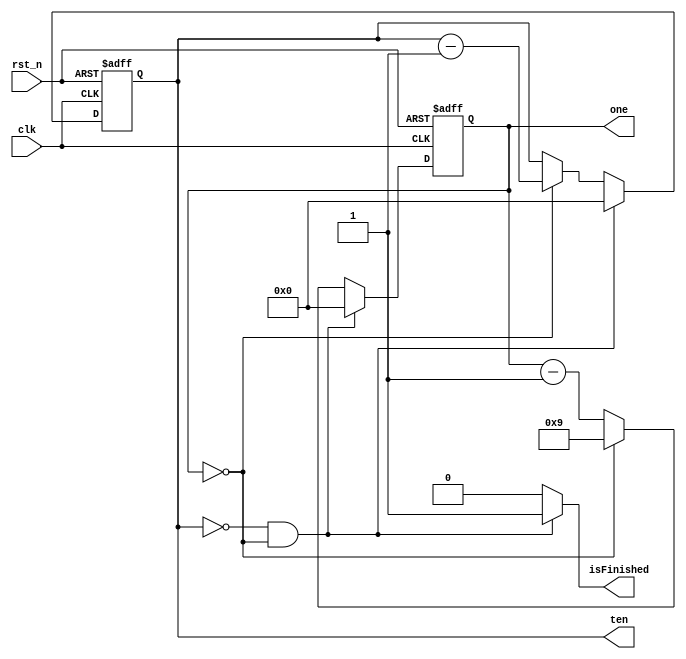
module Timer(
		output reg [3:0]ten,
		output reg [3:0]one,
		output isFinished,
		input clk,
		input rst_n
    );

	reg [3:0] next_ten, next_one;
	always @(posedge clk or negedge rst_n) begin
		if (!rst_n) begin
			ten <= 4'd3;
			one <= 4'd0;
		end else begin
			ten <= next_ten;
			one <= next_one;
		end
	end

	always @(*) begin
		if (ten == 4'd0 && one == 4'd0) begin
			next_ten = 4'd0;
			next_one = 4'd0;
		end else begin
			if (one == 4'd0) begin
				next_ten = ten - 4'd1;
				next_one = 4'd9;
			end else begin
				next_ten = ten;
				next_one = one - 4'd1;
			end
		end
	end
	
	assign isFinished = (ten == 4'd0 && one == 4'd0)?1:0;
endmodule